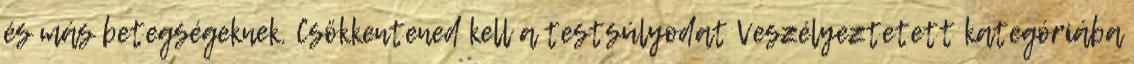
és más betegségeknek. Csökkentened kell a testsúlyodat Veszélyeztetett kategóriába